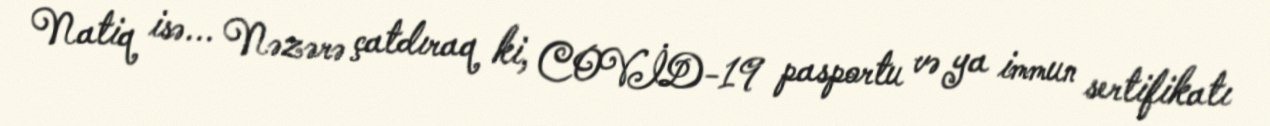
Natiq isə... Nəzərə çatdıraq ki, COVİD-19 pasportu və ya immun sertifikatı